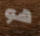
هو